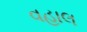
વહાલ